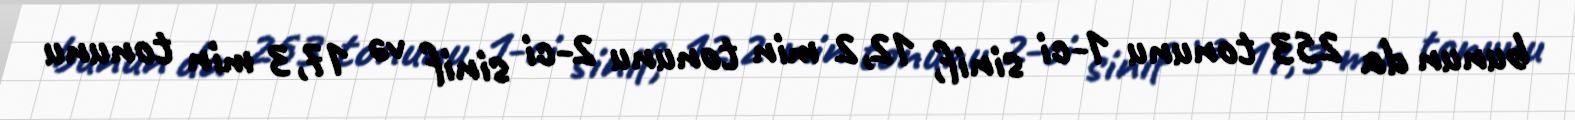
bunun da 253 tonunu 1-ci sinif, 12,2 min tonunu 2-ci sinif və 17,3 min tonunu